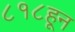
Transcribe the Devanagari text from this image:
८१८हून